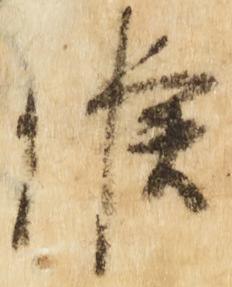
候